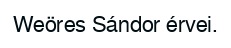
Weöres Sándor érvei.